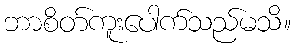
ဘာစိတ်ကူးပေါက်သည်မသိ။